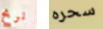
نربح سحره